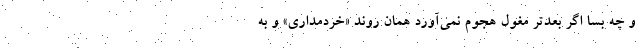
و چه بسا اگر بعدتر مغول هجوم نمی‌آورد همان روند «خِرَد‌مداری» و به